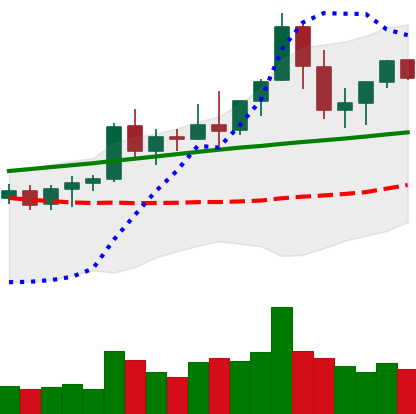
Ticker: ETC-USD
Chart end date: 2021-08-21
Forward return: -11.476%
Label: down_7plus